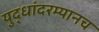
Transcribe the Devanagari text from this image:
युद्धांदरम्यानच